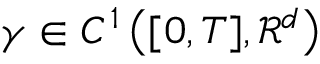
\gamma \in C ^ { 1 } \left( [ 0 , T ] , \mathcal { R } ^ { d } \right)